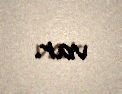
var.